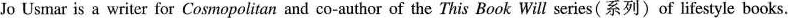
Jo Usmar is a writer for Cosmopolitan and co-author of the This Book Will series(系列)of lifestyle books.